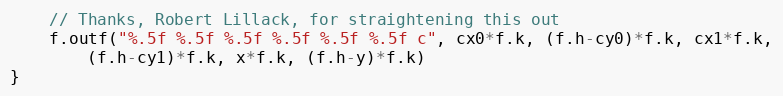
Language: Go
	// Thanks, Robert Lillack, for straightening this out
	f.outf("%.5f %.5f %.5f %.5f %.5f %.5f c", cx0*f.k, (f.h-cy0)*f.k, cx1*f.k,
		(f.h-cy1)*f.k, x*f.k, (f.h-y)*f.k)
}